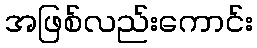
အဖြစ်လည်းကောင်း